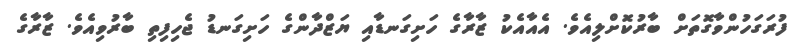
ފުރަގަހުންވާގޮތަށް ބާރުކޮށްލިއެވެ. އެއާއެކު ޒާރާގެ ހަށިގަނޑާއި ޔަޒްދާންގެ ހަށިގަނޑު ޖެހިފިތި ބާރުވިއެވެ. ޒާރާގެ